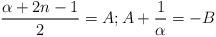
LaTeX: \begin{align*}\frac{\alpha+2n-1}{2}=A ; A+\frac{1}{\alpha}=-B\end{align*}